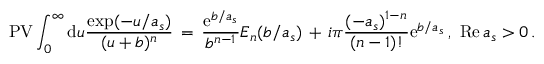
\mathrm { P V } \int _ { 0 } ^ { \infty } \mathrm { d } u { \frac { \exp ( - u / a _ { s } ) } { ( u + b ) ^ { n } } } \, = \, { \frac { \mathrm { e } ^ { b / a _ { s } } } { b ^ { n - 1 } } } E _ { n } ( b / a _ { s } ) \, + \, i \pi { \frac { ( - a _ { s } ) ^ { 1 - n } } { ( n - 1 ) ! } } \mathrm { e } ^ { b / a _ { s } } \, , \, \, \mathrm { R e } \, a _ { s } > 0 \, .